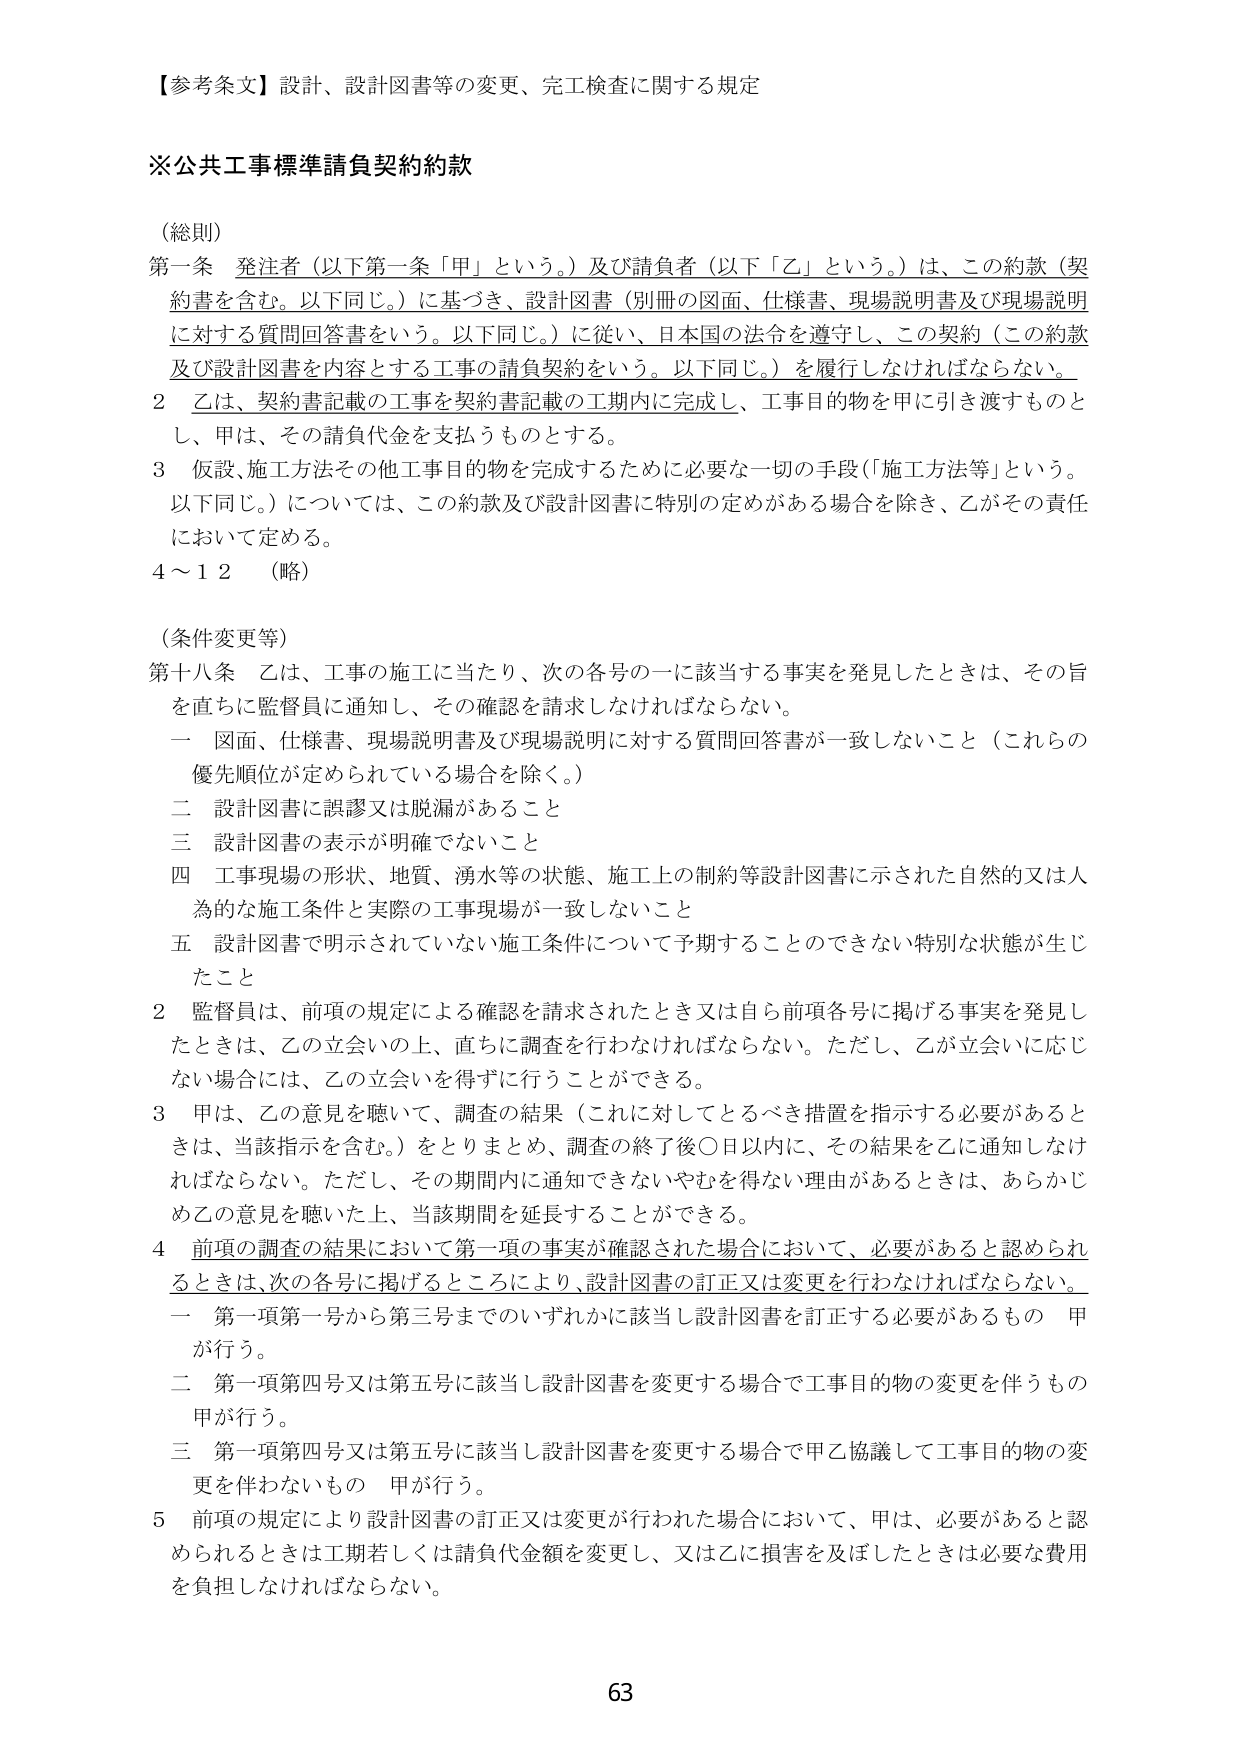
【参考条文】設計、設計図書等の変更、完工検査に関する規定

※公共工事標準請負契約約款

（総則）
第一条 発注者（以下第一条「甲」という。）及び請負者（以下「乙」という。）は、この約款（契約書を含む。以下同じ。）に基づき、設計図書（別冊の図面、仕様書、現場説明書及び現場説明に対する質問回答書をいう。以下同じ。）に従い、日本国の法令を遵守し、この契約（この約款及び設計図書を内容とする工事の請負契約をいう。以下同じ。）を履行しなければならない。
2 乙は、契約書記載の工事を契約書記載の工期内に完成し、工事目的物を甲に引き渡すものとし、甲は、その請負代金を支払うものとする。
3 仮設、施工方法その他工事目的物を完成するために必要な一切の手段（「施工方法等」という。以下同じ。）については、この約款及び設計図書に特別の定めがある場合を除き、乙がその責任において定める。
4～12 （略）

（条件変更等）
第十八条 乙は、工事の施工に当たり、次の各号の一に該当する事実を発見したときは、その旨を直ちに監督員に通知し、その確認を請求しなければならない。
一 図面、仕様書、現場説明書及び現場説明に対する質問回答書が一致しないこと（これらの優先順位が定められている場合を除く。）
二 設計図書に誤謬又は脱漏があること
三 設計図書の表示が明確でないこと
四 工事現場の形状、地質、湧水等の状態、施工上の制約等設計図書に示された自然的又は人為的な施工条件と実際の工事現場が一致しないこと
五 設計図書で明示されていない施工条件について予期することのできない特別な状態が生じたこと
2 監督員は、前項の規定による確認を請求されたとき又は自ら前項各号に掲げる事実を発見したときは、乙の立会いの上、直ちに調査を行わなければならない。ただし、乙が立会いに応じない場合には、乙の立会いを得ずに行うことができる。
3 甲は、乙の意見を聴いて、調査の結果（これに対してとるべき措置を指示する必要があるときは、当該指示を含む。）をとりまとめ、調査の終了後○日以内に、その結果を乙に通知しなければならない。ただし、その期間内に通知できないやむを得ない理由があるときは、あらかじめ乙の意見を聴いた上、当該期間を延長することができる。
4 前項の調査の結果において第一項の事実が確認された場合において、必要があると認められるときは、次の各号に掲げるところにより、設計図書の訂正又は変更を行わなければならない。
一 第一項第一号から第三号までのいずれかに該当し設計図書を訂正する必要があるもの 甲が行う。
二 第一項第四号又は第五号に該当し設計図書を変更する場合で工事目的物の変更を伴うもの 甲が行う。
三 第一項第四号又は第五号に該当し設計図書を変更する場合で甲乙協議して工事目的物の変更を伴わないもの 甲が行う。
5 前項の規定により設計図書の訂正又は変更が行われた場合において、甲は、必要があると認められるときは工期若しくは請負代金額を変更し、又は乙に損害を及ぼしたときは必要な費用を負担しなければならない。

63